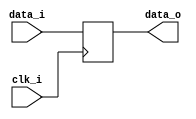
// This program was cloned from: https://github.com/NYU-MLDA/OpenABC
// License: BSD 3-Clause "New" or "Revised" License

module bsg_dff_width_p320
(
  clk_i,
  data_i,
  data_o
);

  input [319:0] data_i;
  output [319:0] data_o;
  input clk_i;
  reg [319:0] data_o;

  always @(posedge clk_i) begin
    if(1'b1) begin
      { data_o[319:0] } <= { data_i[319:0] };
    end
  end


endmodule